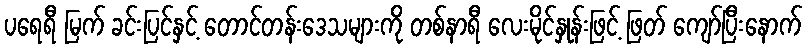
ပရေရီ မြက် ခင်းပြင်နှင့် တောင်တန်းဒေသများကို တစ်နာရီ လေးမိုင်နှုန်းဖြင့် ဖြတ် ကျော်ပြီးနောက်